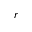
r